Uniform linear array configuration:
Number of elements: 24
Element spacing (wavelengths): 1
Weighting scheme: hann
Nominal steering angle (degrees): -60
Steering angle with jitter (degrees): -61.629
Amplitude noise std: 0.05
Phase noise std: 0.05

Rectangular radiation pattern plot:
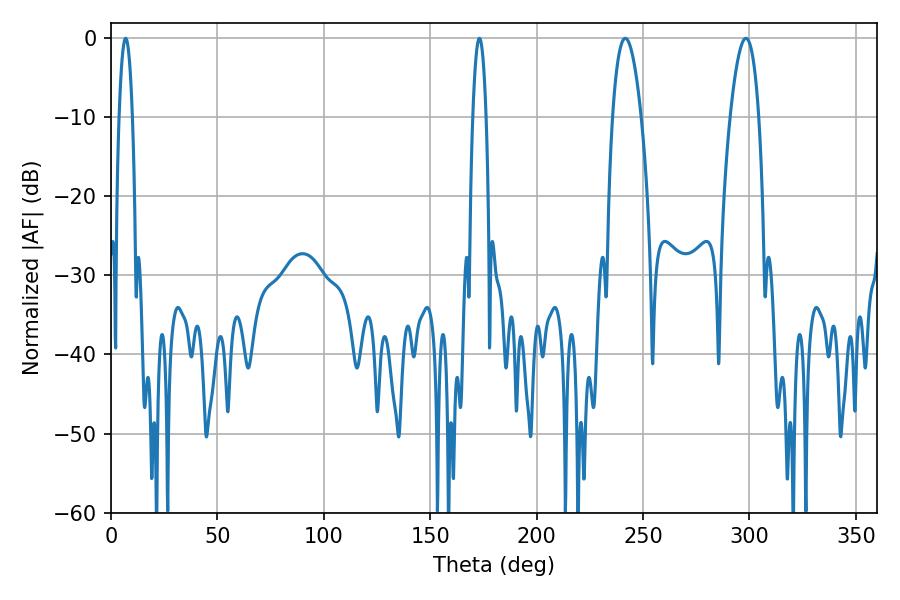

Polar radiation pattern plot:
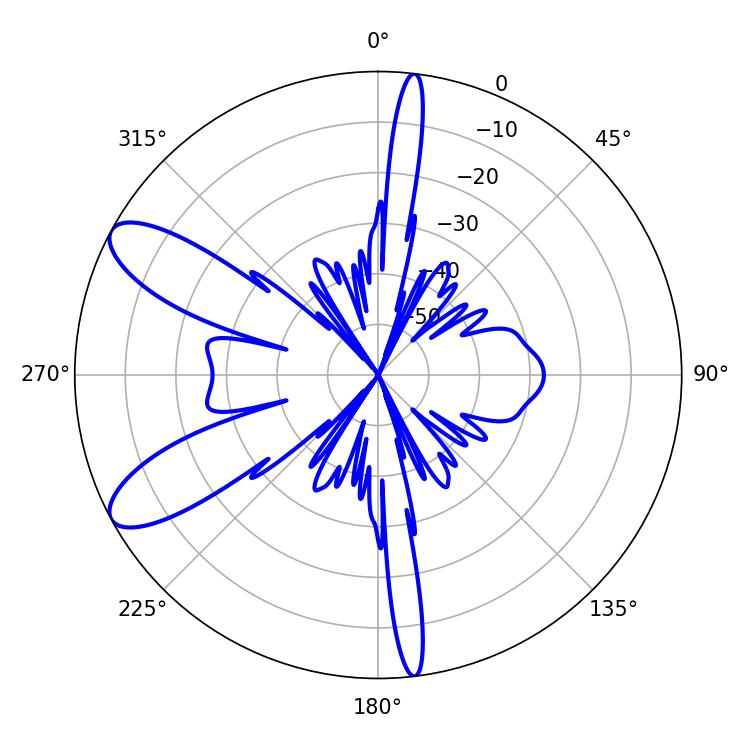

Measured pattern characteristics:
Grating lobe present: TRUE
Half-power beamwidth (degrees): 7.38
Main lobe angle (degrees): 298.26